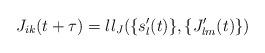
LaTeX: \begin{align*}J_{ik}(t+\tau)=ll_J(\{s'_l(t)\},\{J'_{lm}(t)\})\end{align*}